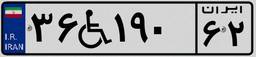
۳۶W۱۹۰۶۲